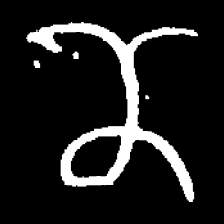
Pyu character \u2014 Myanmar letter: ဏ (romanized: nna)